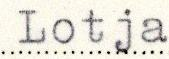
Lotja